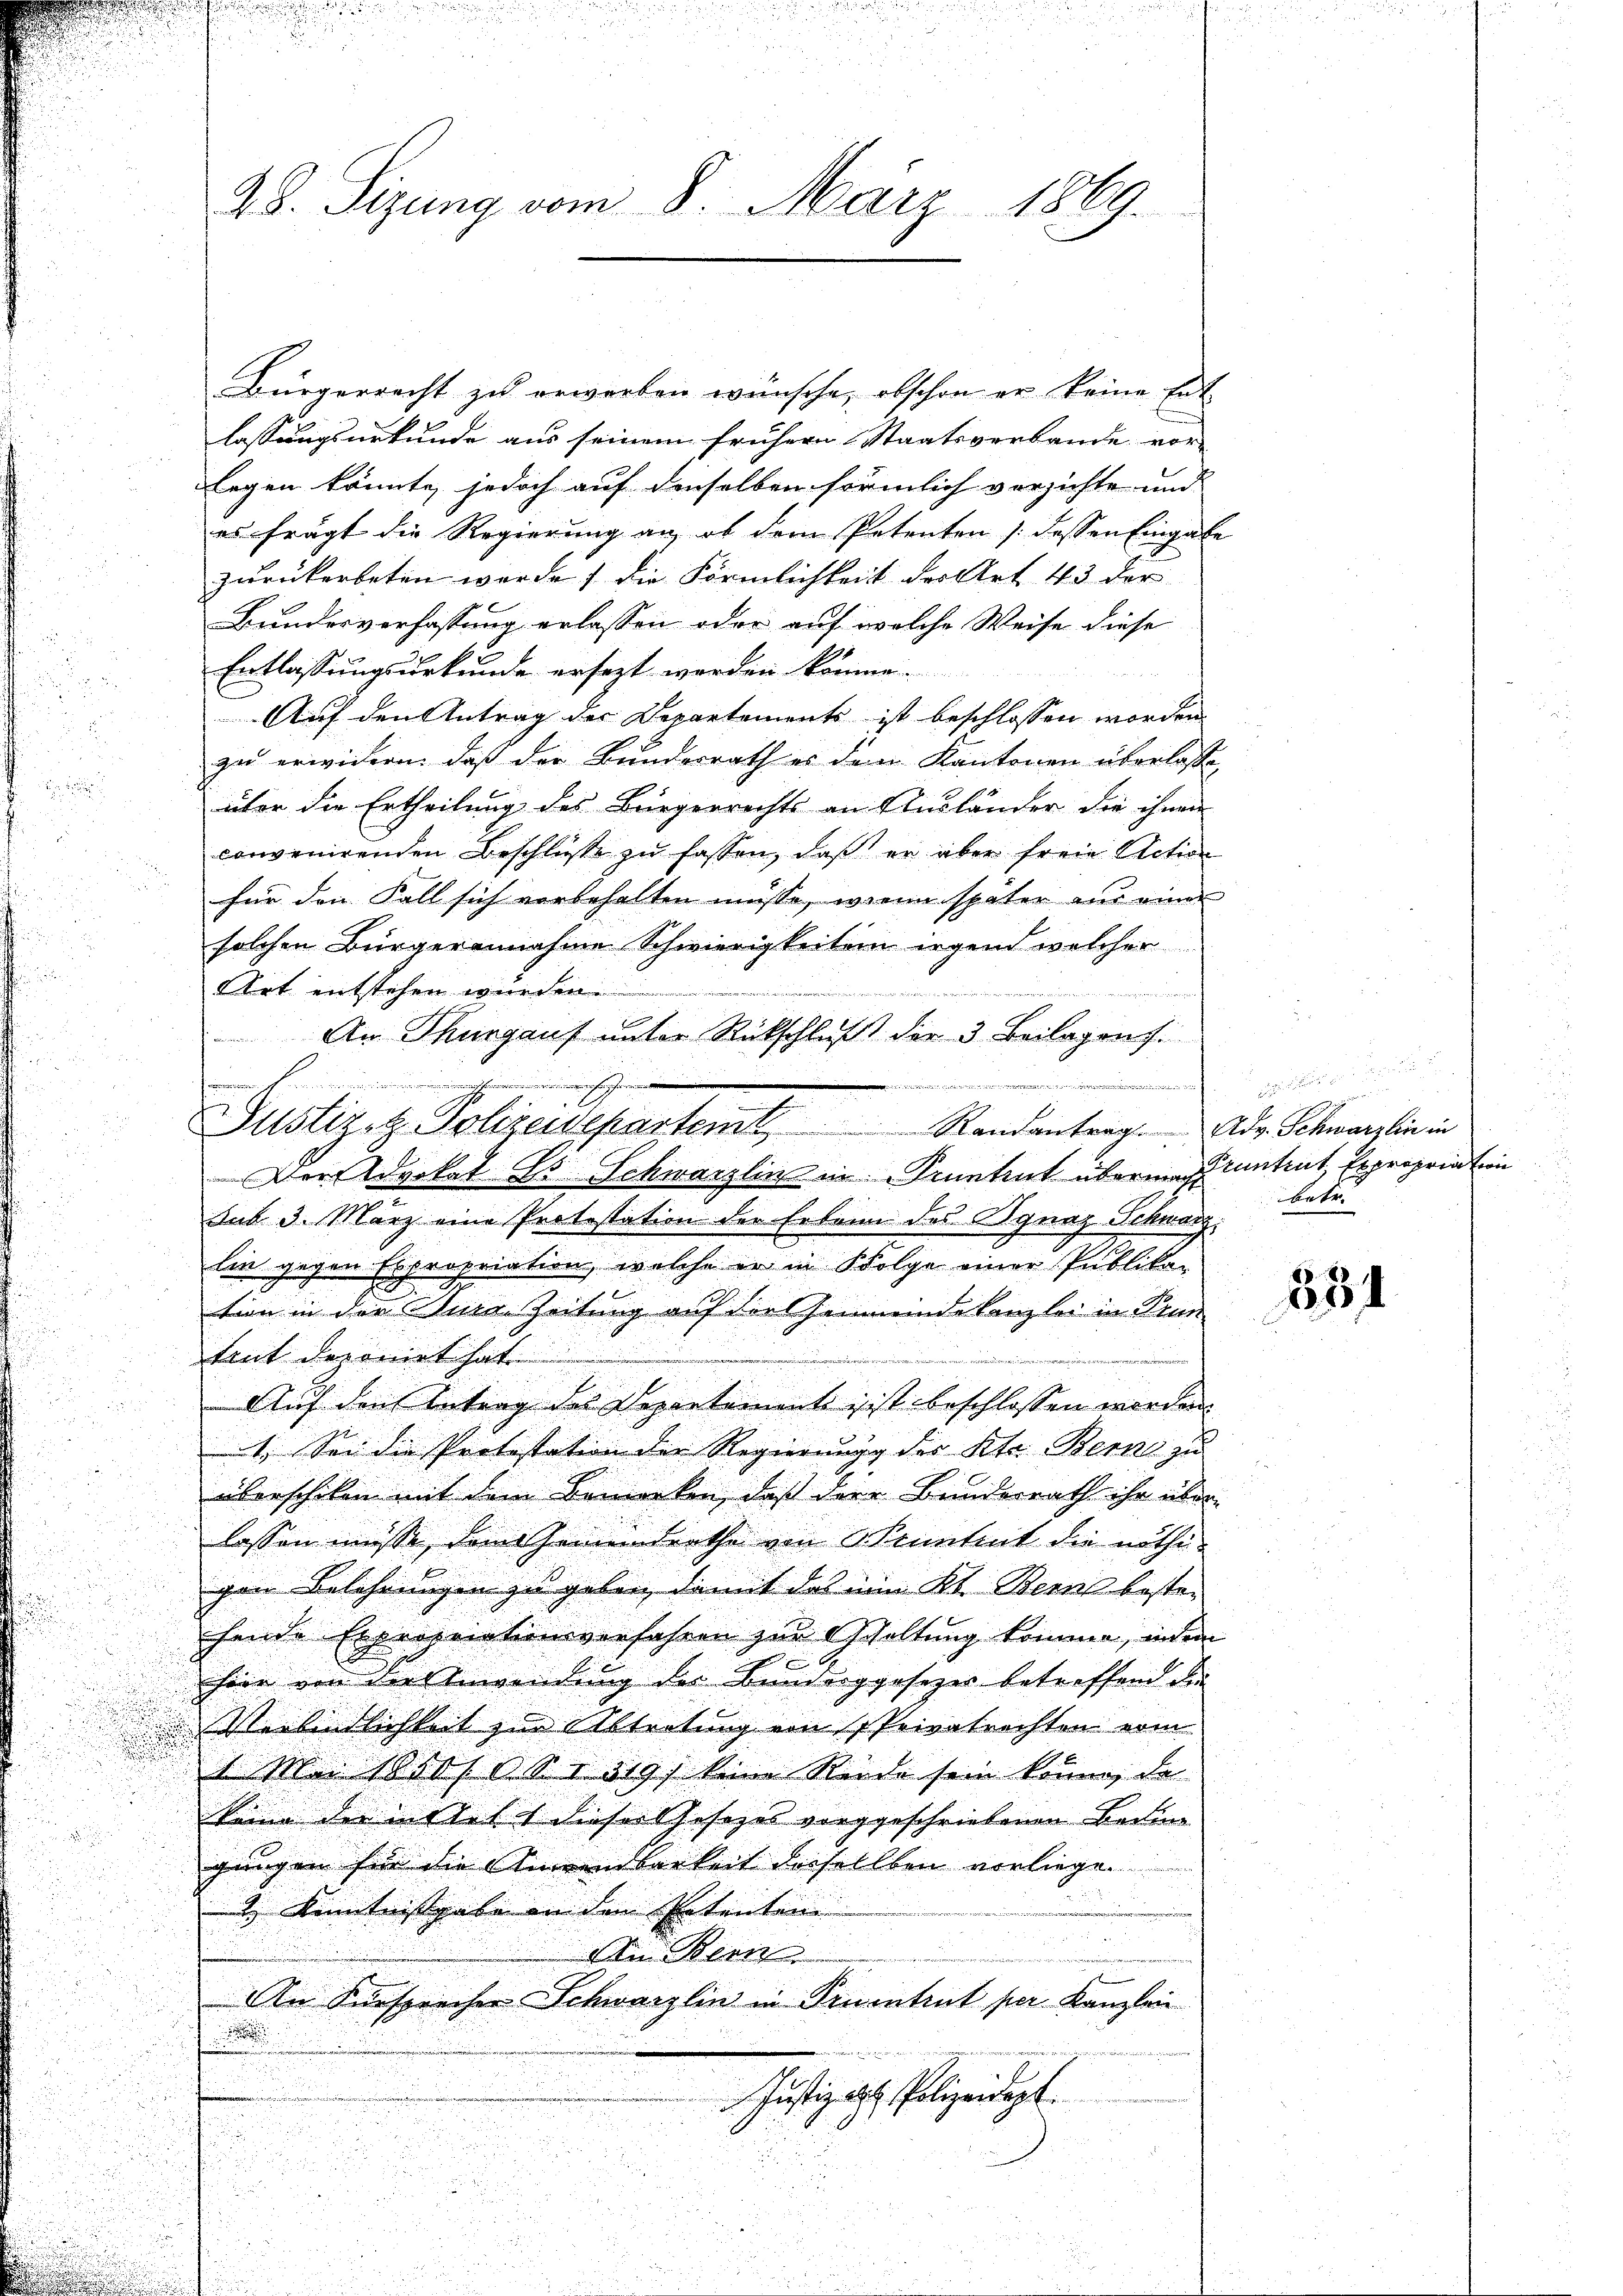
28. Sizung vom 8. März 1869.

Bürgerrecht zu erworben wünsche, obschon er keine Ert
lassungsurkunde aus seinem frühern Staatsverbande vor-
legen könnte, jedoch auf denselben förmlich verzichte und |
es frägt die Regierung an, ob dem Petenten /: dessen Eingabe
zurückerbeten werde, die Förmlichkeit der Art 43 der
Bundesverfassung erlassen oder auf welche Weise diese
Entlassungsurkunde ersezt werden könne.
Auf den Antrag der Departements ist beschlossen worden
zu erwidern, daß der Bunderrath es den Kantonen überlasse,

über die Ertheilung des Bürgerrechts an Ausländer die ihnen
convenirenden Beschlüsse zu fassen, daß er aber freie Action
für den Fall sich vorbehalten müsse, wenn später aus einer
solchen Bürgerannahme Schwierigkeiten irgend welcher
Art entstehen wurden.
 d i g
An Thurgauf unter Rückschluß die 3 Beilagenf
n
narii d
Der Advokat E. Schwarzlin in Pruntrut übermag antrat, Expropriation
sub. 3. März eine Protestation der Erbann des Ignaz Schwarz
lin gegen Expropriation, welche er in Folge einer Publika¬
u
tion in der Mein Zeitung auf dies Gemeinde kanzlei in Prun
u
tant deponirt hat.
u
e
i
d
Auf den Antrag des Departement ist beschlossen worden.
d
d
1. Sei die Protestation der Regierung der Rete Berne zu
überschiken mit dem Bemerken, daß der Bunderrath ihr über
.
lassen müsse, dem Gemeinderthe von Kenntent die nöthigen Belehrungen zu geben, damit das ein Kt. Bern besten

chende Exprojectionsverfahren zur Gehaltung komme, indem
u
hier von der Anwendung der Bunderggesezes betreffend die
Verbindlichkeit zur Abtretung von Privatrechten vom

u
se 1000f § 1319) keine Rede sein könne, da
Wann der stelt dieser Gesezes vorgeschriebenen Bedin

gungen für die Anwendbarkeit derselben vorliege.

2 Kenntnißgabe an den Ertenten
u
Am Bern
An Fürsprecher Schwarzlin in Trientrut per Kanzlei
.
u
Justiz als Polizeidept

n
i

wische
himmen
E
Justiz- & Polizeidepartem Randantrag. Adv. Schwärzlein in

r
betr.

851